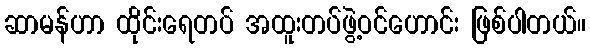
ဆာမန်ဟာ ထိုင်းရေတပ် အထူးတပ်ဖွဲ့ဝင်ဟောင်း ဖြစ်ပါတယ်။